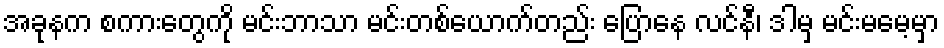
အခုနက စကားတွေကို မင်းဘာသာ မင်းတစ်ယောက်တည်း ပြောနေ လင်နီ၊ ဒါမှ မင်းမမေ့မှာ